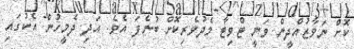
ކޮށް ނަވާޒުއްދީން ވަނީ ޓްވިޓާ މެދުވެރިކޮށް ބުނެފަ އެވެ. އަދި ދެމީހުން އެކުގައި